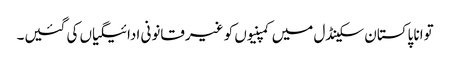
توانا پاکستان سکینڈل میں کمپنیوں کو غیرقانونی ادائیگیاں کی گئیں۔